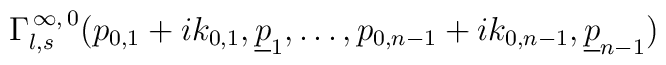
\Gamma_{l,s}^{\,\infty,\,0}(p_{0,1}+ik_{0,1},\underline{p}_{1},\ldots,p_{0,n-1}+ik_{0,n-1},\underline{p}_{n-1})